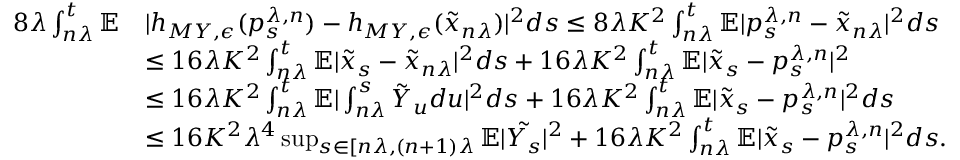
\begin{array} { r l } { 8 \lambda \int _ { n \lambda } ^ { t } \mathbb { E } } & { | h _ { M Y , \epsilon } ( p _ { s } ^ { \lambda , n } ) - h _ { M Y , \epsilon } ( \tilde { x } _ { n \lambda } ) | ^ { 2 } d s \leq 8 \lambda K ^ { 2 } \int _ { n \lambda } ^ { t } \mathbb { E } | p _ { s } ^ { \lambda , n } - \tilde { x } _ { n \lambda } | ^ { 2 } d s } \\ & { \leq 1 6 \lambda K ^ { 2 } \int _ { n \lambda } ^ { t } \mathbb { E } | \tilde { x } _ { s } - \tilde { x } _ { n \lambda } | ^ { 2 } d s + 1 6 \lambda K ^ { 2 } \int _ { n \lambda } ^ { t } \mathbb { E } | { \tilde { x } _ { s } - p _ { s } ^ { \lambda , n } } | ^ { 2 } } \\ & { \leq 1 6 \lambda K ^ { 2 } \int _ { n \lambda } ^ { t } \mathbb { E } | \int _ { n \lambda } ^ { s } \tilde { Y } _ { u } d u | ^ { 2 } d s + 1 6 \lambda K ^ { 2 } \int _ { n \lambda } ^ { t } \mathbb { E } | \tilde { x } _ { s } - p _ { s } ^ { \lambda , n } | ^ { 2 } d s } \\ & { \leq 1 6 K ^ { 2 } \lambda ^ { 4 } \operatorname* { s u p } _ { s \in [ n \lambda , ( n + 1 ) \lambda } \mathbb { E } | \tilde { Y _ { s } } | ^ { 2 } + 1 6 \lambda K ^ { 2 } \int _ { n \lambda } ^ { t } \mathbb { E } | \tilde { x } _ { s } - p _ { s } ^ { \lambda , n } | ^ { 2 } d s . } \end{array}